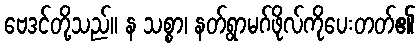
ဗေဒင်တို့သည်။ န သစ္စာ၊ နတ်ရွာမဂ်ဖိုလ်ကိုပေးတတ်၏